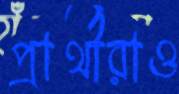
প্রার্থীরাও